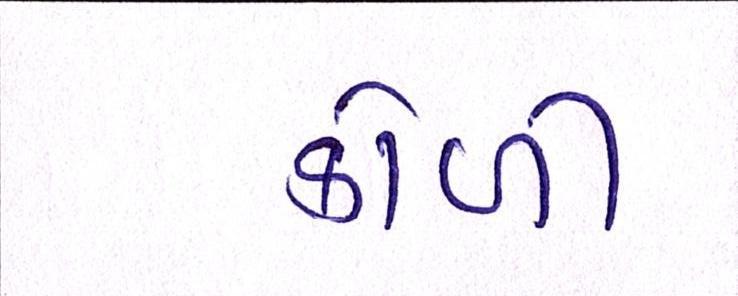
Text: કોળી